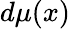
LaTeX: d\mu(x)